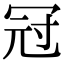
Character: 冠